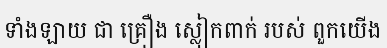
ទាំងឡាយ ជា គ្រឿង ស្លៀកពាក់ របស់ ពួកយើង